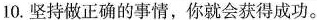
10.坚持做正确的事情，你就会获得成功。